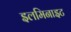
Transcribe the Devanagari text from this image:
इलमिनाइट